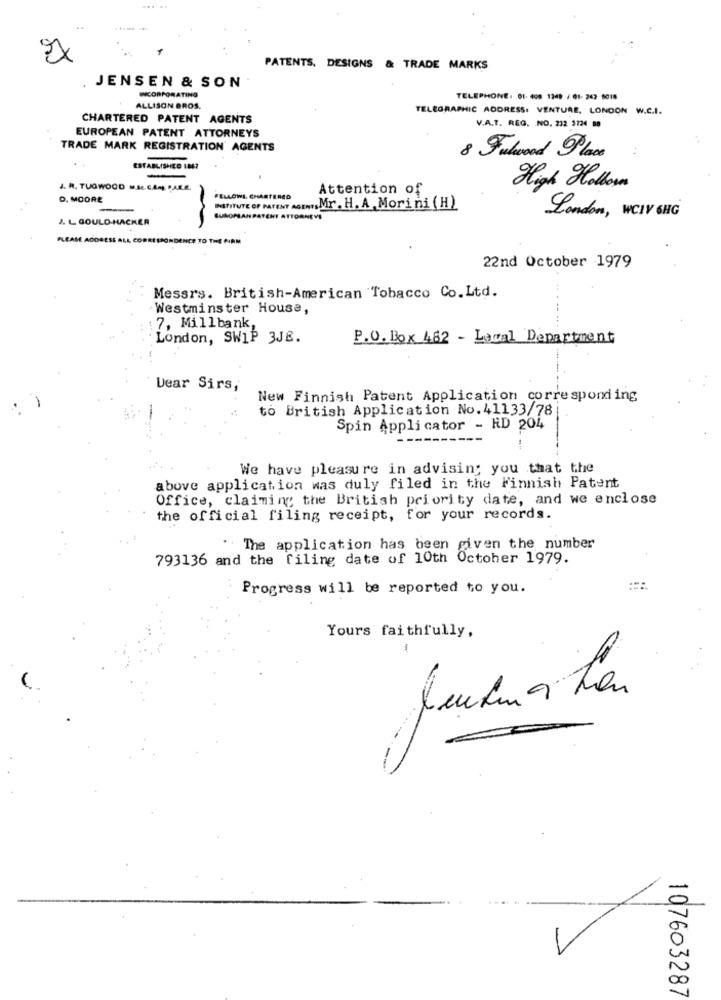
PATENTS. DESIGNS
& TRADE MARKS
JENSEN & SON
INCORPORATING
TELEPHONE: 01. 400 1249 / 01- 242 6018
ALLISON BROS.
TELEGRAPHIC ADDRESS: VENTURE, LONDON W.C.I.
CHARTERED PATENT AGENTS
V.A.T. REG. NO. 212 3724 80
EUROPEAN PATENT ATTORNEYS
TRADE MARK REGISTRATION' AGENTS
8 Fulwood Place
ESTABLISHED 1047
J. R. TUGWOOD M.I. C.AM PARE.
Attention of
High Hollow
D. MOORE
FELLOWI. CHARTERED
WifiTUTE OF PARENT . Mr. H. A. Morini ( H)
J. L GOULD-HACKER
SUMOMAN PATENT ATTORNEYE
London, WCIV 6HG
PLEASE ADDRESS ALL CORRESPONDENCE TO THE FIRM
22nd October 1979
Messrs. British-American Tobacco Co.Ltd.
Westminster House,
7, Millbank,
London, SWIP 3JE.
P.O. Box 482 - Local Department
Dear Sirs,
New Finnish Patent Application corresponding
to British Application No. 41133/78
-
Spin Appli cator - RD 204
We have pleasure in advising you that the
above application was duly filed in the Finnish Patent
Office, claiming the British priority date, and we enclose
the official filing receipt, for your records.
" The application has been given the number
793136 and the filing date of 10th October 1979.
Progress will be reported to you.
Yours faithfully,
-
107603287